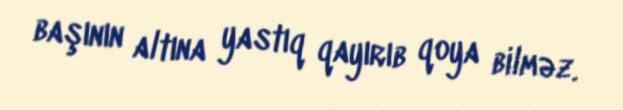
başının altına yastıq qayırıb qoya bilməz.